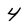
Character: 4